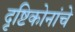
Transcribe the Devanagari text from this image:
दृष्टिकोनांचे